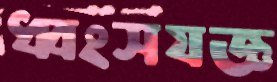
ধ্বংসযজ্ঞ